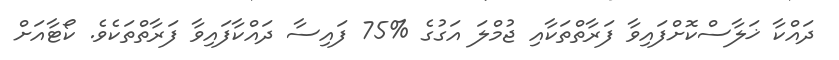
ދައްކާ ޚަލާސްކޮށްފައިވާ ފަރާތްތަކާއި ޖުމްލަ އަގުގެ %75 ފައިސާ ދައްކާފައިވާ ފަރާތްތަކެވެ. ކޯޓާއަށް